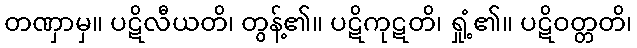
တဏှာမှ။ ပဋိလီယတိ၊ တွန့်၏။ ပဋိကုဋတိ၊ ရှုံ့၏။ ပဋိဝတ္တတိ၊